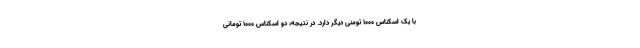
با یک اسکناس 1000 تومنی دیگر دارد. در نتیجه، دو اسکناس 1000 تومانی